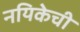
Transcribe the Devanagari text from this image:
नयिकेची